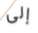
إلى